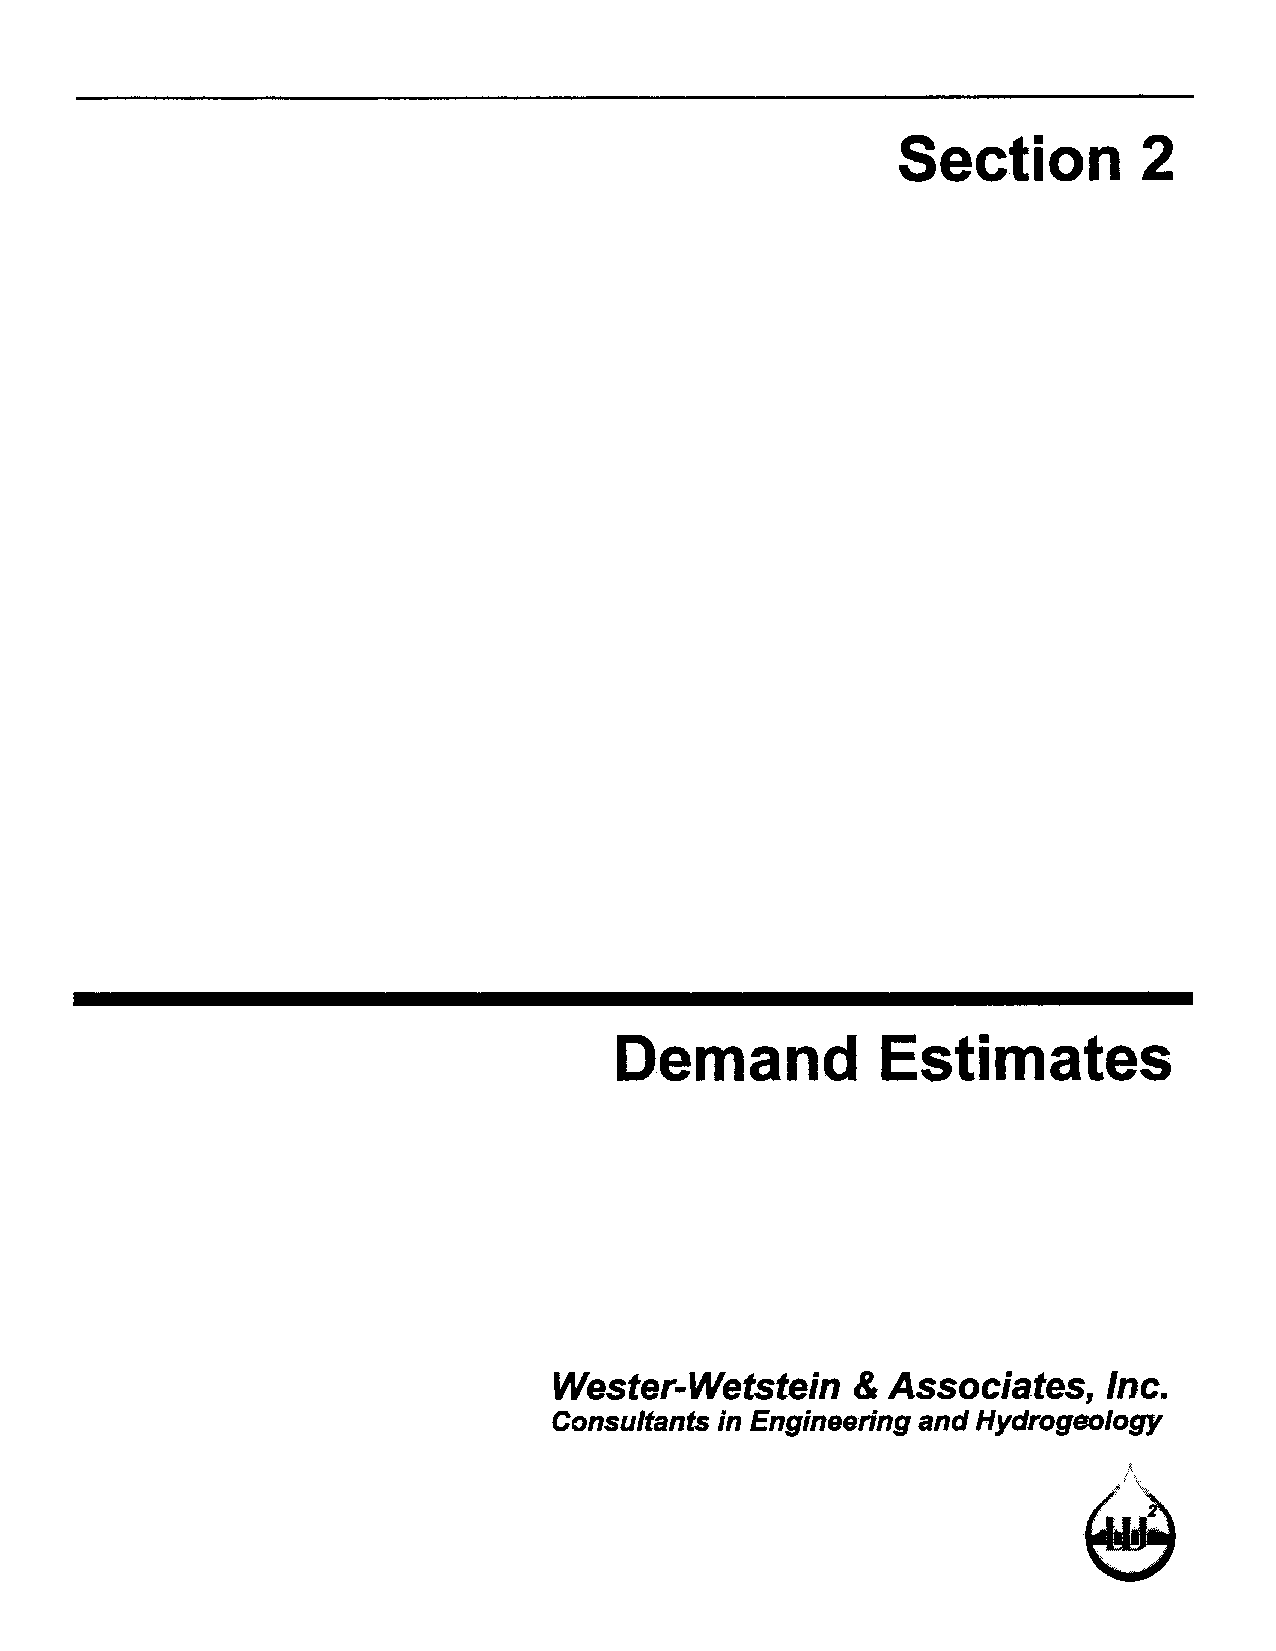
Section         2
 Demand           Estimates
 Wester-Wetstein    &  Associates,   Inc.
 Consultants in Engineering and Hydrogeology